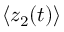
\langle z _ { 2 } ( t ) \rangle